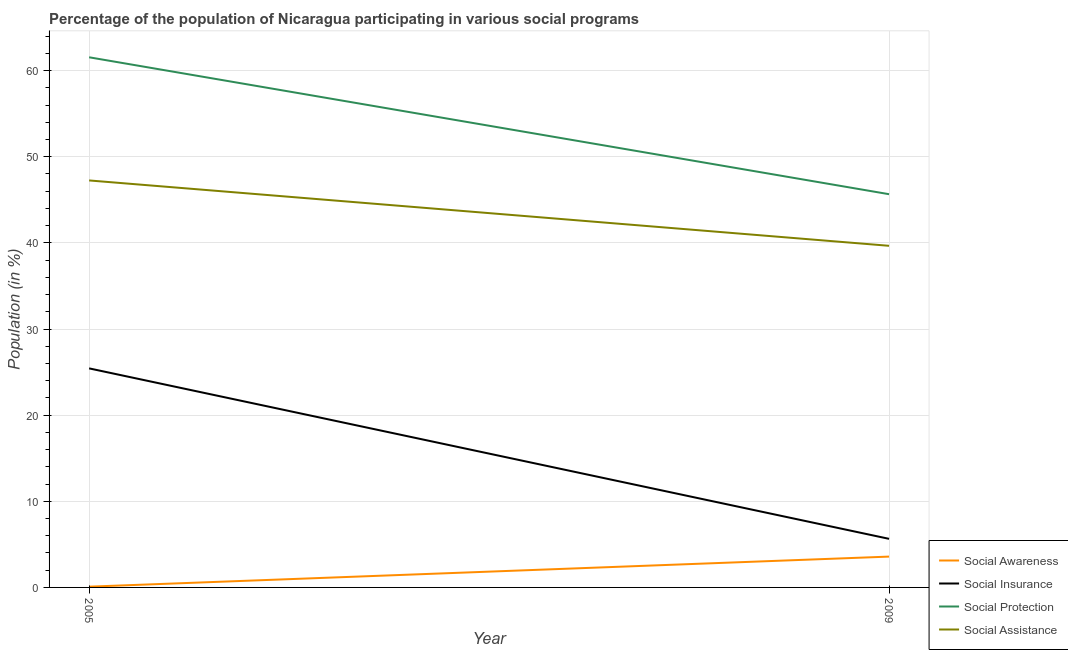
| Year | Social Awareness | Social Insurance | Social Protection | Social Assistance |
 | --- | --- | --- | --- | --- |
 | 2005 | 0.087 | 25.4 | 61.5 | 47.2 |
 | 2009 | 3.58 | 5.64 | 45.7 | 39.7 |